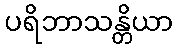
ပရိဘာသန္တိယာ